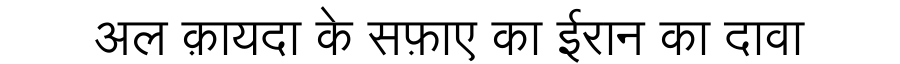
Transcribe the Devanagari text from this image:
अल क़ायदा के सफ़ाए का ईरान का दावा